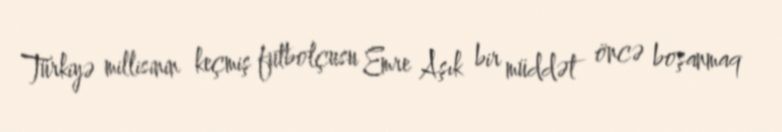
Türkiyə millisinin keçmiş futbolçusu Emre Aşık bir müddət öncə boşanmaq